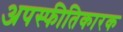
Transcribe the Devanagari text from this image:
अपस्फीतिकारक